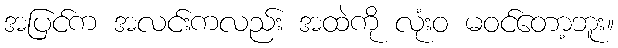
အပြင်က အလင်းကလည်း အထဲကို လုံးဝ မဝင်တော့ဘူး။